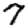
Digit: 7